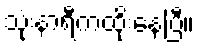
သုံးနာရီကထိုးနေပြီ။